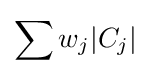
\sum w_{j}|C_{j}|